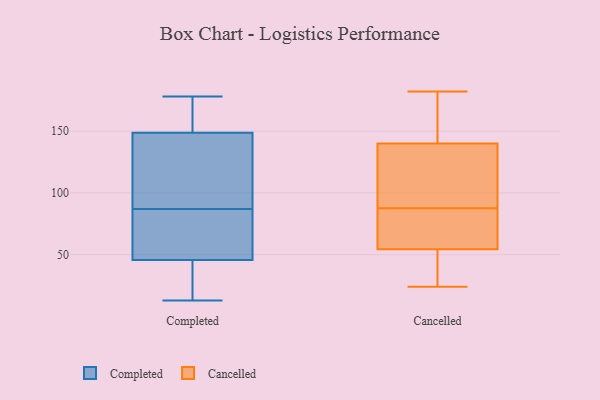
{"axis": {"x": "Satisfaction Score", "y": "Value"}, "legend": ["Cancelled", "Completed"], "data": [{"x": "", "y": 42, "type": "Completed"}, {"x": "", "y": 120, "type": "Completed"}, {"x": "", "y": 87, "type": "Completed"}, {"x": "", "y": 47, "type": "Completed"}, {"x": "", "y": 178, "type": "Completed"}, {"x": "", "y": 26, "type": "Completed"}, {"x": "", "y": 141, "type": "Completed"}, {"x": "", "y": 55, "type": "Completed"}, {"x": "", "y": 13, "type": "Completed"}, {"x": "", "y": 166, "type": "Completed"}, {"x": "", "y": 143, "type": "Completed"}, {"x": "", "y": 178, "type": "Completed"}, {"x": "", "y": 58, "type": "Completed"}, {"x": "", "y": 135, "type": "Cancelled"}, {"x": "", "y": 24, "type": "Cancelled"}, {"x": "", "y": 29, "type": "Cancelled"}, {"x": "", "y": 182, "type": "Cancelled"}, {"x": "", "y": 59, "type": "Cancelled"}, {"x": "", "y": 68, "type": "Cancelled"}, {"x": "", "y": 145, "type": "Cancelled"}, {"x": "", "y": 118, "type": "Cancelled"}, {"x": "", "y": 28, "type": "Cancelled"}, {"x": "", "y": 65, "type": "Cancelled"}, {"x": "", "y": 147, "type": "Cancelled"}, {"x": "", "y": 107, "type": "Cancelled"}, {"x": "", "y": 149, "type": "Cancelled"}, {"x": "", "y": 50, "type": "Cancelled"}, {"x": "", "y": 118, "type": "Cancelled"}, {"x": "", "y": 62, "type": "Cancelled"}]}